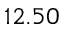
1 2 . 5 0